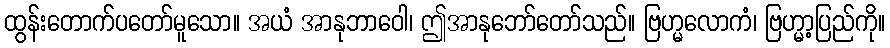
ထွန်းတောက်ပတော်မူသော။ အယံ အာနုဘာဝေါ၊ ဤအာနုဘော်တော်သည်။ ဗြဟ္မလောကံ၊ ဗြဟ္မာ့ပြည်ကို။